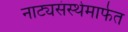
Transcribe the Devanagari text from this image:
नाट्यसंस्थेमार्फत